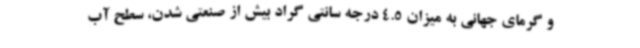
و گرمای جهانی به میزان 4.5 درجه سانتی گراد بیش از صنعتی شدن، سطح آب